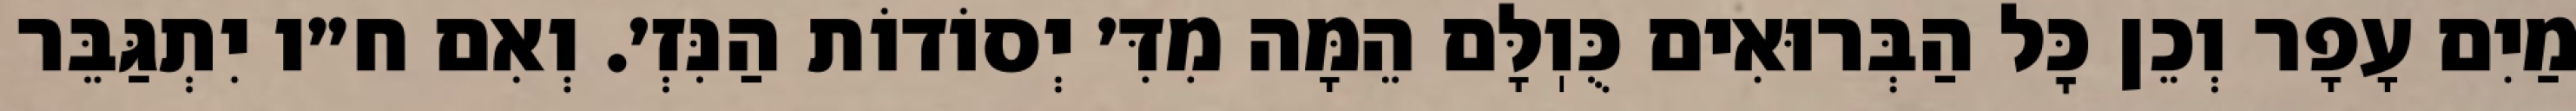
מַיִם עָפָר וְכֵן כׇּל הַבְּרוּאִים כֻּוֽלָּם הֵמָּה מִדִּ׳ יְסוֹדוֹת הַנִּזְ׳. וְאִם ח״ו יִתְגַּבֵּר